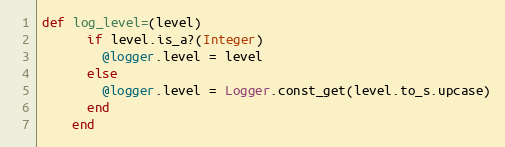
Language: Ruby
def log_level=(level)
      if level.is_a?(Integer)
        @logger.level = level
      else
        @logger.level = Logger.const_get(level.to_s.upcase)
      end
    end